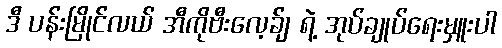
ဒီ ပန်းမြိုင်လယ် အီကိုဗီးလေ့ခ်ျ ရဲ့ အုပ်ချုပ်ရေးမှူးပါ